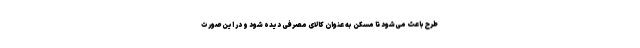
طرح باعث می‌شود تا مسکن به عنوان کالای مصرفی دیده شود و در این صورت